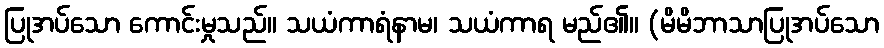
ပြုအပ်သော ကောင်းမှုသည်။ သယံကာရံနာမ၊ သယံကာရ မည်၏။ (မိမိဘာသာပြုအပ်သော